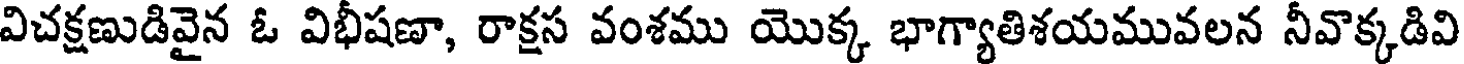
విచక్షణుడివైన ఓ విభీషణా, రాక్షస వంశము యొక్క భాగ్యాతిశయమువలన నీవొక్కడివి